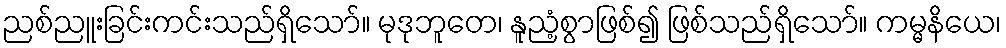
ညစ်ညူးခြင်းကင်းသည်ရှိသော်။ မုဒုဘူတေ၊ နူညံ့စွာဖြစ်၍ ဖြစ်သည်ရှိသော်။ ကမ္မနိယေ၊